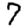
Digit: 7